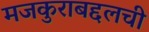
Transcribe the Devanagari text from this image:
मजकुराबद्दलची